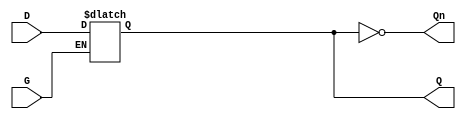
module dual_input_gated_latch (
    input wire D,      // Data input
    input wire G,      // Gating input
    output reg Q,      // Output
    output wire Qn     // Complement output
);

    // Complement output
    assign Qn = ~Q;

    // Latch behavior
    always @(*) begin
        if (G) begin
            Q = D; // Capture data input when G is high
        end
        // When G is low, Q retains its previous state
    end

endmodule